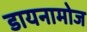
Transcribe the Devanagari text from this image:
डायनामोज